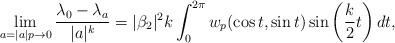
LaTeX: \begin{align*}\lim_{a=|a|p\to 0}\frac{\lambda_0-\lambda_a}{|a|^k}=|\beta_2|^2k\int_0^{2\pi}w_p(\cos t,\sin t)\sin\bigg(\frac k2t\bigg)\,dt,\end{align*}